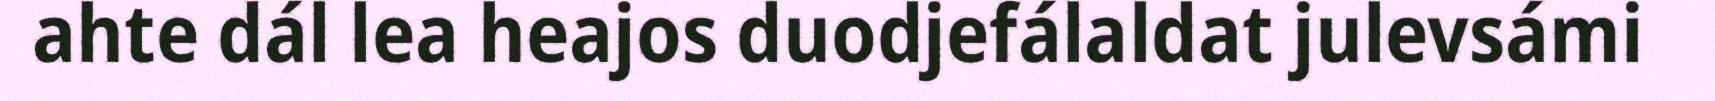
ahte dál lea heajos duodjefálaldat julevsámi